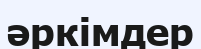
әркімдер